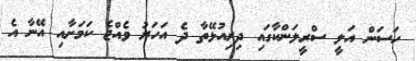
ހަސަން އަލީ ސްރީލަންކާގައި ދިރިއުޅޭތާ ދެ އަހަރު ވެއްޖެ ކަމަށާއި އޭނާ އެ